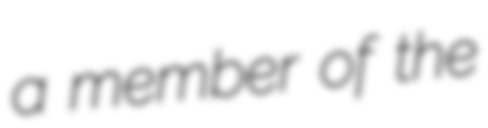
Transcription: a member of the